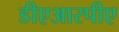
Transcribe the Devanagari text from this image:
डीएआरपीए